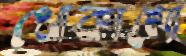
খোকামো